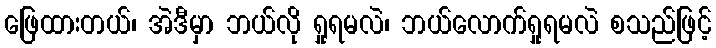
ဖြေထားတယ်၊ အဲဒီမှာ ဘယ်လို ရှုရမလဲ၊ ဘယ်လောက်ရှုရမလဲ စသည်ဖြင့်